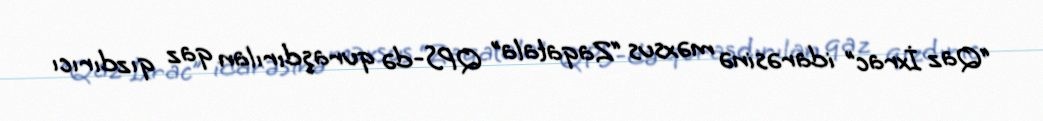
“Qaz İxrac” idarəsinə məxsus “Zaqatala” QPS-də quraşdırılan qaz qızdırıcı